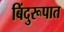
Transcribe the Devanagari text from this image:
बिंदुरूपात